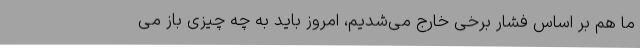
ما هم بر اساس فشار برخی خارج می‌شدیم، امروز باید به چه چیزی باز می